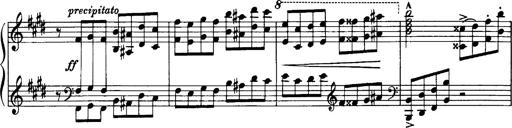
Title: OuvertÃ¼re zu TannhÃ¤user
Composer: Franz Liszt